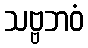
သဗ္ဗဘဝံ